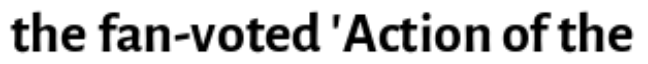
the fan-voted 'Action of the